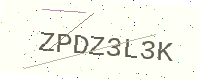
Text: ZPDZ3L3K